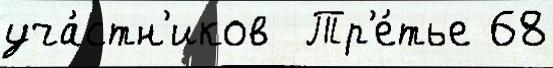
уча́стн'иков  Тр'е́тье 68